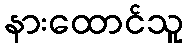
နားထောင်သူ